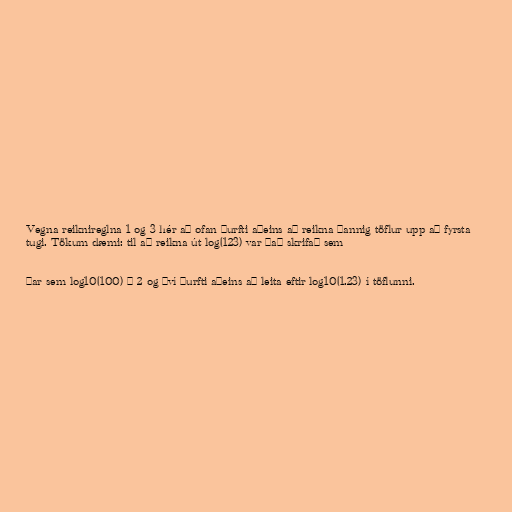
Vegna reiknireglna 1 og 3 hér að ofan þurfti aðeins að reikna þannig töflur upp að fyrsta
tugi. Tökum dæmi: til að reikna út log(123) var það skrifað sem

þar sem log10(100) = 2 og því þurfti aðeins að leita eftir log10(1.23) í töflunni.